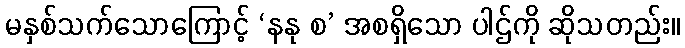
မနှစ်သက်သောကြောင့် ‘နနု စ’ အစရှိသော ပါဌ်ကို ဆိုသတည်း။